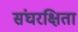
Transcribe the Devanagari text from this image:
संघरक्षिता